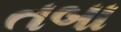
તબા